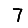
Digit: 7